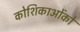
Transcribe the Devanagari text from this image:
कोशिकाओंको